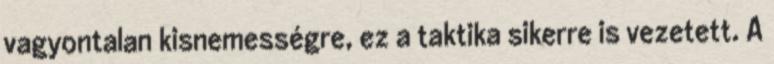
vagyontalan kisnemességre, ez a taktika sikerre is vezetett. A